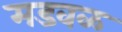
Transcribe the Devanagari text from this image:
मडवळ